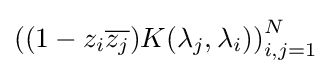
\left((1-z_{i}{\overline {z_{j}}})K(\lambda _{j},\lambda _{i})\right)_{i,j=1}^{N}